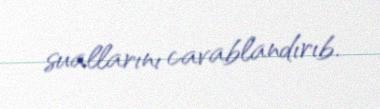
suallarını cavablandırıb.